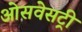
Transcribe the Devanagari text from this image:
ओसवेसट्री